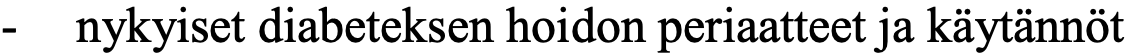
-  nykyiset diabeteksen hoidon periaatteet ja käytännöt